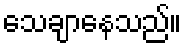
သေချာနေသည်။